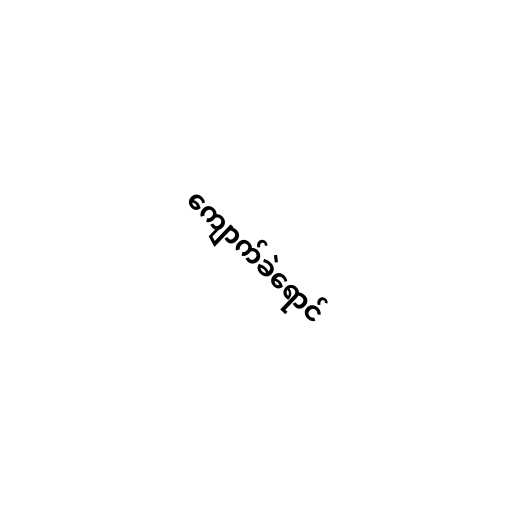
ကျောက်ခဲရောင်